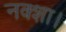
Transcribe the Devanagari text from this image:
नक्शा।